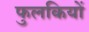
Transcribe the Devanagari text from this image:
फुलकियों